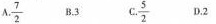
A. \frac{7}{2} B. 3 C. \frac{5}{2} D.2